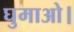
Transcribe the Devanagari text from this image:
घुमाओ।